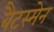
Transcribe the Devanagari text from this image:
बैटस्मेन